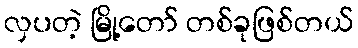
လှပတဲ့ မြို့တော် တစ်ခုဖြစ်တယ်